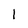
Character: l